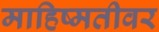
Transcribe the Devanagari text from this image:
माहिष्मतीवर